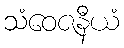
သံဝေဇနီယံ